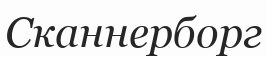
Сканнерборг